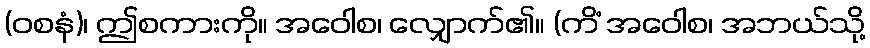
(ဝစနံ)၊ ဤစကားကို။ အဝေါစ၊ လျှောက်၏။ (ကိံ အဝေါစ၊ အဘယ်သို့